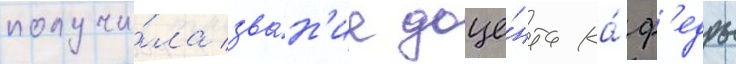
получи́ла зва́н'ие доце́нта ка́ф'едры